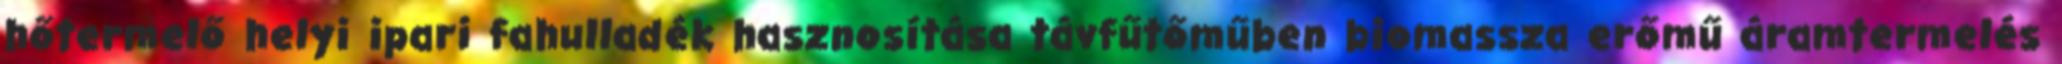
hőtermelő helyi ipari fahulladék hasznosítása távfűtőműben biomassza erőmű áramtermelés